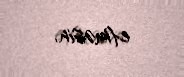
etməsin.